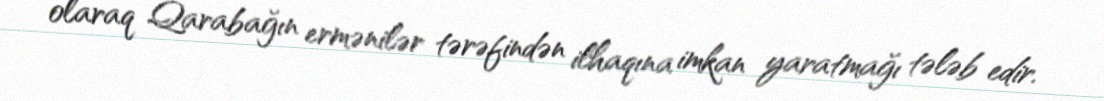
olaraq Qarabağın ermənilər tərəfindən ilhaqına imkan yaratmağı tələb edir.